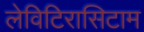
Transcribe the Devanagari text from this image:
लेविटिरासिटाम